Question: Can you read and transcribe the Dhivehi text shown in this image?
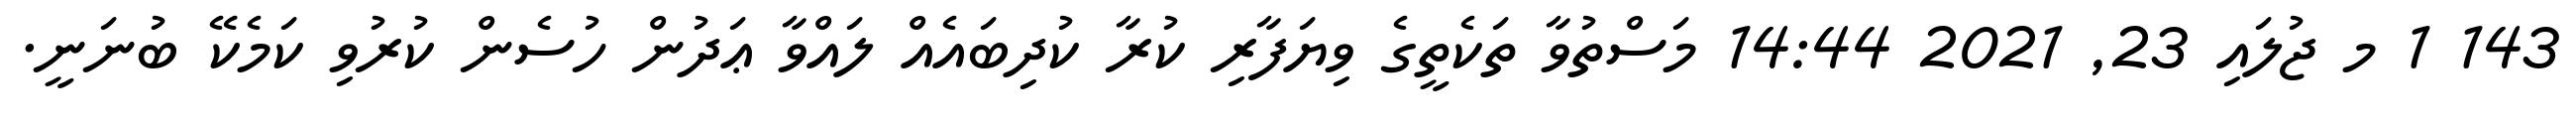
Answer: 143 1 މ ޖުލައި 23, 2021 14:44 މަސްތުވާ ތަކެތީގެ ވިޔަފާރި ކުރާ ކުދިބައެއް ލައްވާ ޢަދުން ހުސެން ކުރުވި ކަމެކޭ ބުނަނީ.